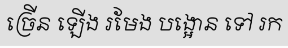
ច្រើន ឡើង រមែង បង្អោន ទៅ រក